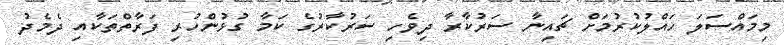
މިމައްސަލަ ހައްލުކުރުމަށް ޗައިނާ ސަރުކާރާ ދިވެހި ސަރުކާރުގެ ކަމާ ގުޅުންހުރި ފަރާތްތަކާއި ދެމެދު